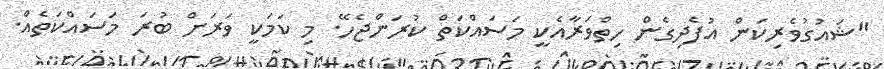
"ޝައުގުވެރިކަން އުފެދިގެން ހިތްވަރާއެކީ މަސައްކަތް ކުރަންޖެހޭ. މި ކަމަކީ ވަރަށް ބުރަ މަސައްކަތެއް.